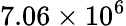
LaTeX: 7.06\times 10^{6}